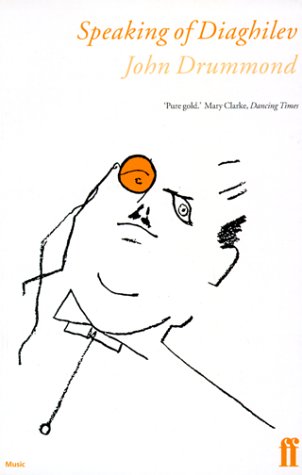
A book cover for Speaking of Diaghilev; John Drummond; Humor & Entertainment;